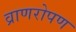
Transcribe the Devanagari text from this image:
व्राणरोपण